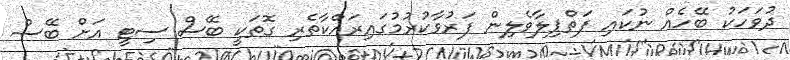
ދުވަހަކު ބޭހެއް ނުކައި ފަތްޕިލާވެލިން ފަރުވާކުރުމުގައިރައްކާތެރި ގޮތަކީ ބޭސް ސިޓީ އަށް ބޭސް